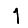
Digit: 1